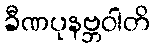
ခီဏပုနဗ္ဘဝါတိ